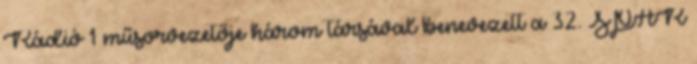
Rádió 1 műsorvezetője három társával benevezett a 32. SPAR